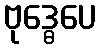
ဗုဒ္ဓေပေ